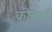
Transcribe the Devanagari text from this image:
कोर्टेसी